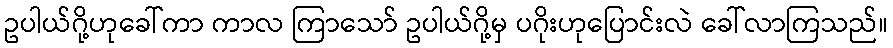
ဥပါယ်ဂို့ဟုခေါ်ကာ ကာလ ကြာသော် ဥပါယ်ဂို့မှ ပဂိုးဟုပြောင်းလဲ ခေါ်လာကြသည်။